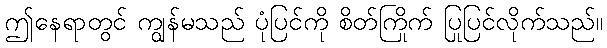
ဤနေရာတွင် ကျွန်မသည် ပုံပြင်ကို စိတ်ကြိုက် ပြုပြင်လိုက်သည်။